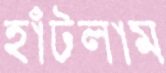
হাঁটলাম